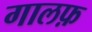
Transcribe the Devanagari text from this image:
गालफ़